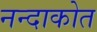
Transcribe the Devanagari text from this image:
नन्दाकोत